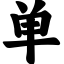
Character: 单